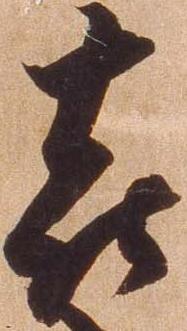
喜